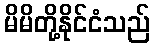
မိမိတို့နိုင်ငံသည်